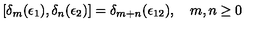
[ \delta _ { m } ( \epsilon _ { 1 } ) , \delta _ { n } ( \epsilon _ { 2 } ) ] = \delta _ { m + n } ( \epsilon _ { 1 2 } ) , \quad m , n \geq 0